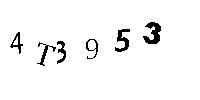
4T3953